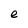
Character: e